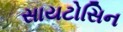
સાયટોસિન